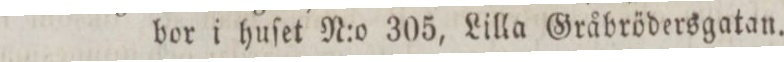
bor i huſet N:o 305, Lilla Gråbrödersgatan.